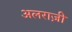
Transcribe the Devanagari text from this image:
अलराज़ी